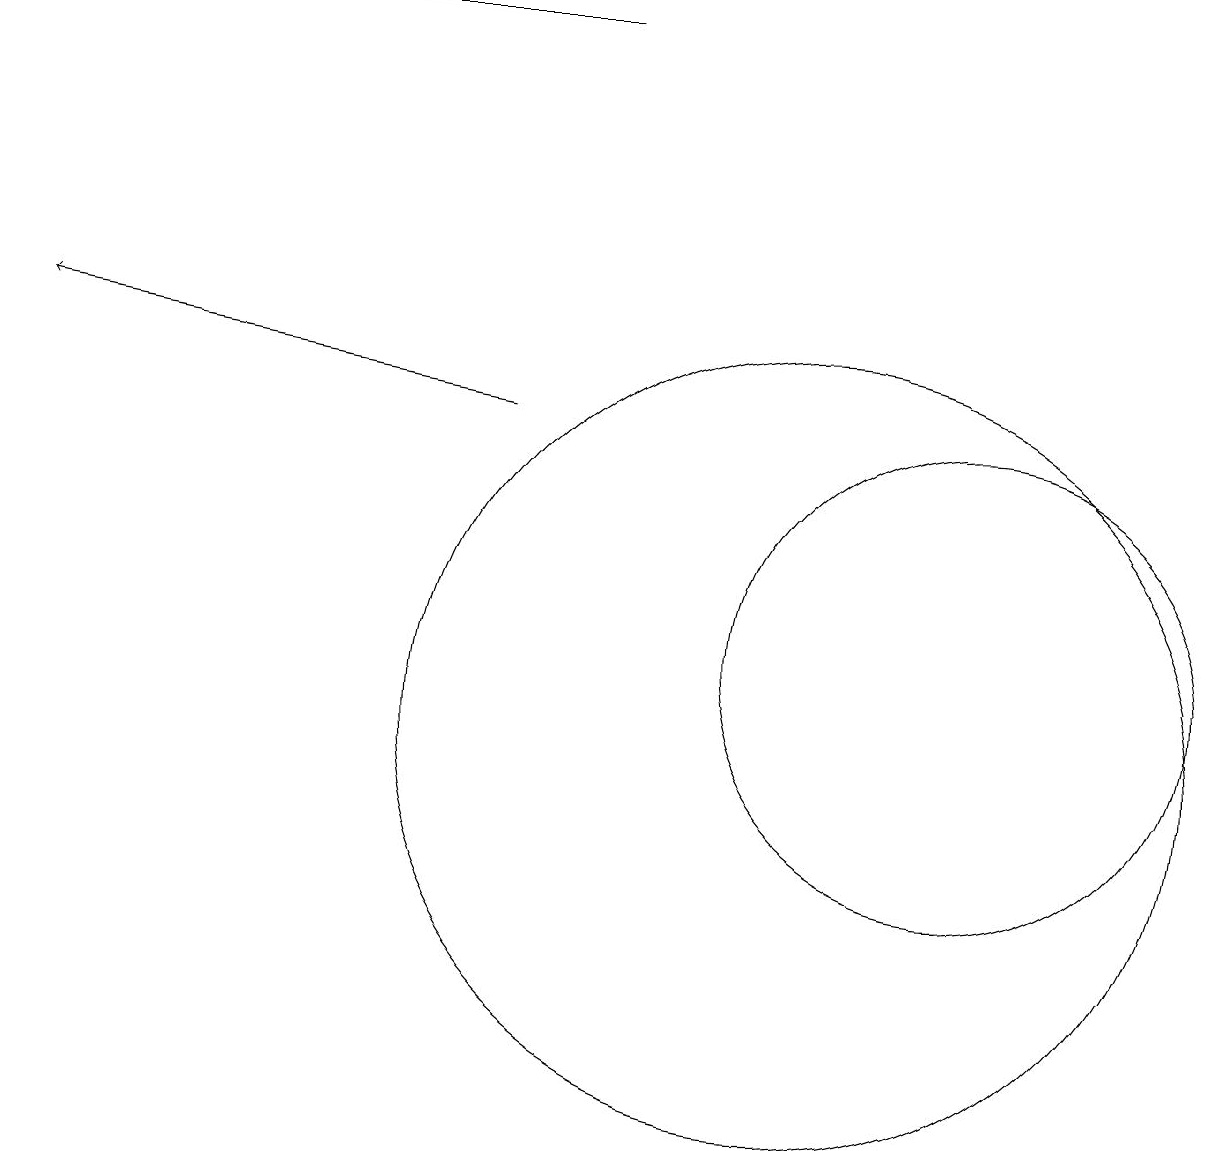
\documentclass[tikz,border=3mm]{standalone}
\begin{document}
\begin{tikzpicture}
\draw (7,19) rectangle (3,19);
\draw[->] (6,14) -- (0,15);
\draw (10,10) circle (5);
\draw (12,11) circle (3);
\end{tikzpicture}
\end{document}